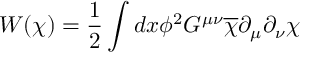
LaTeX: W ( \chi ) = \frac { 1 } { 2 } \int d x \phi ^ { 2 } G ^ { \mu \nu } \overline { { { \chi } } } \partial _ { \mu } \partial _ { \nu } \chi